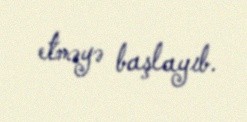
etməyə başlayıb.